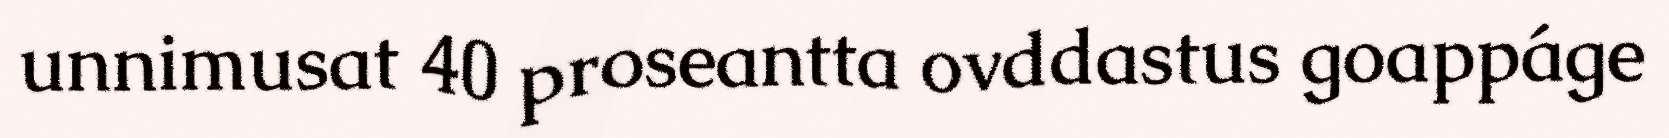
unnimusat 40 proseantta ovddastus goappáge